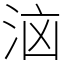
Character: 𭰔